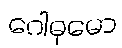
ဂေါဓုမော